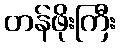
တန်ဖိုးကြီး